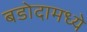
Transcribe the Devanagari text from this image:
बडोदामध्ये